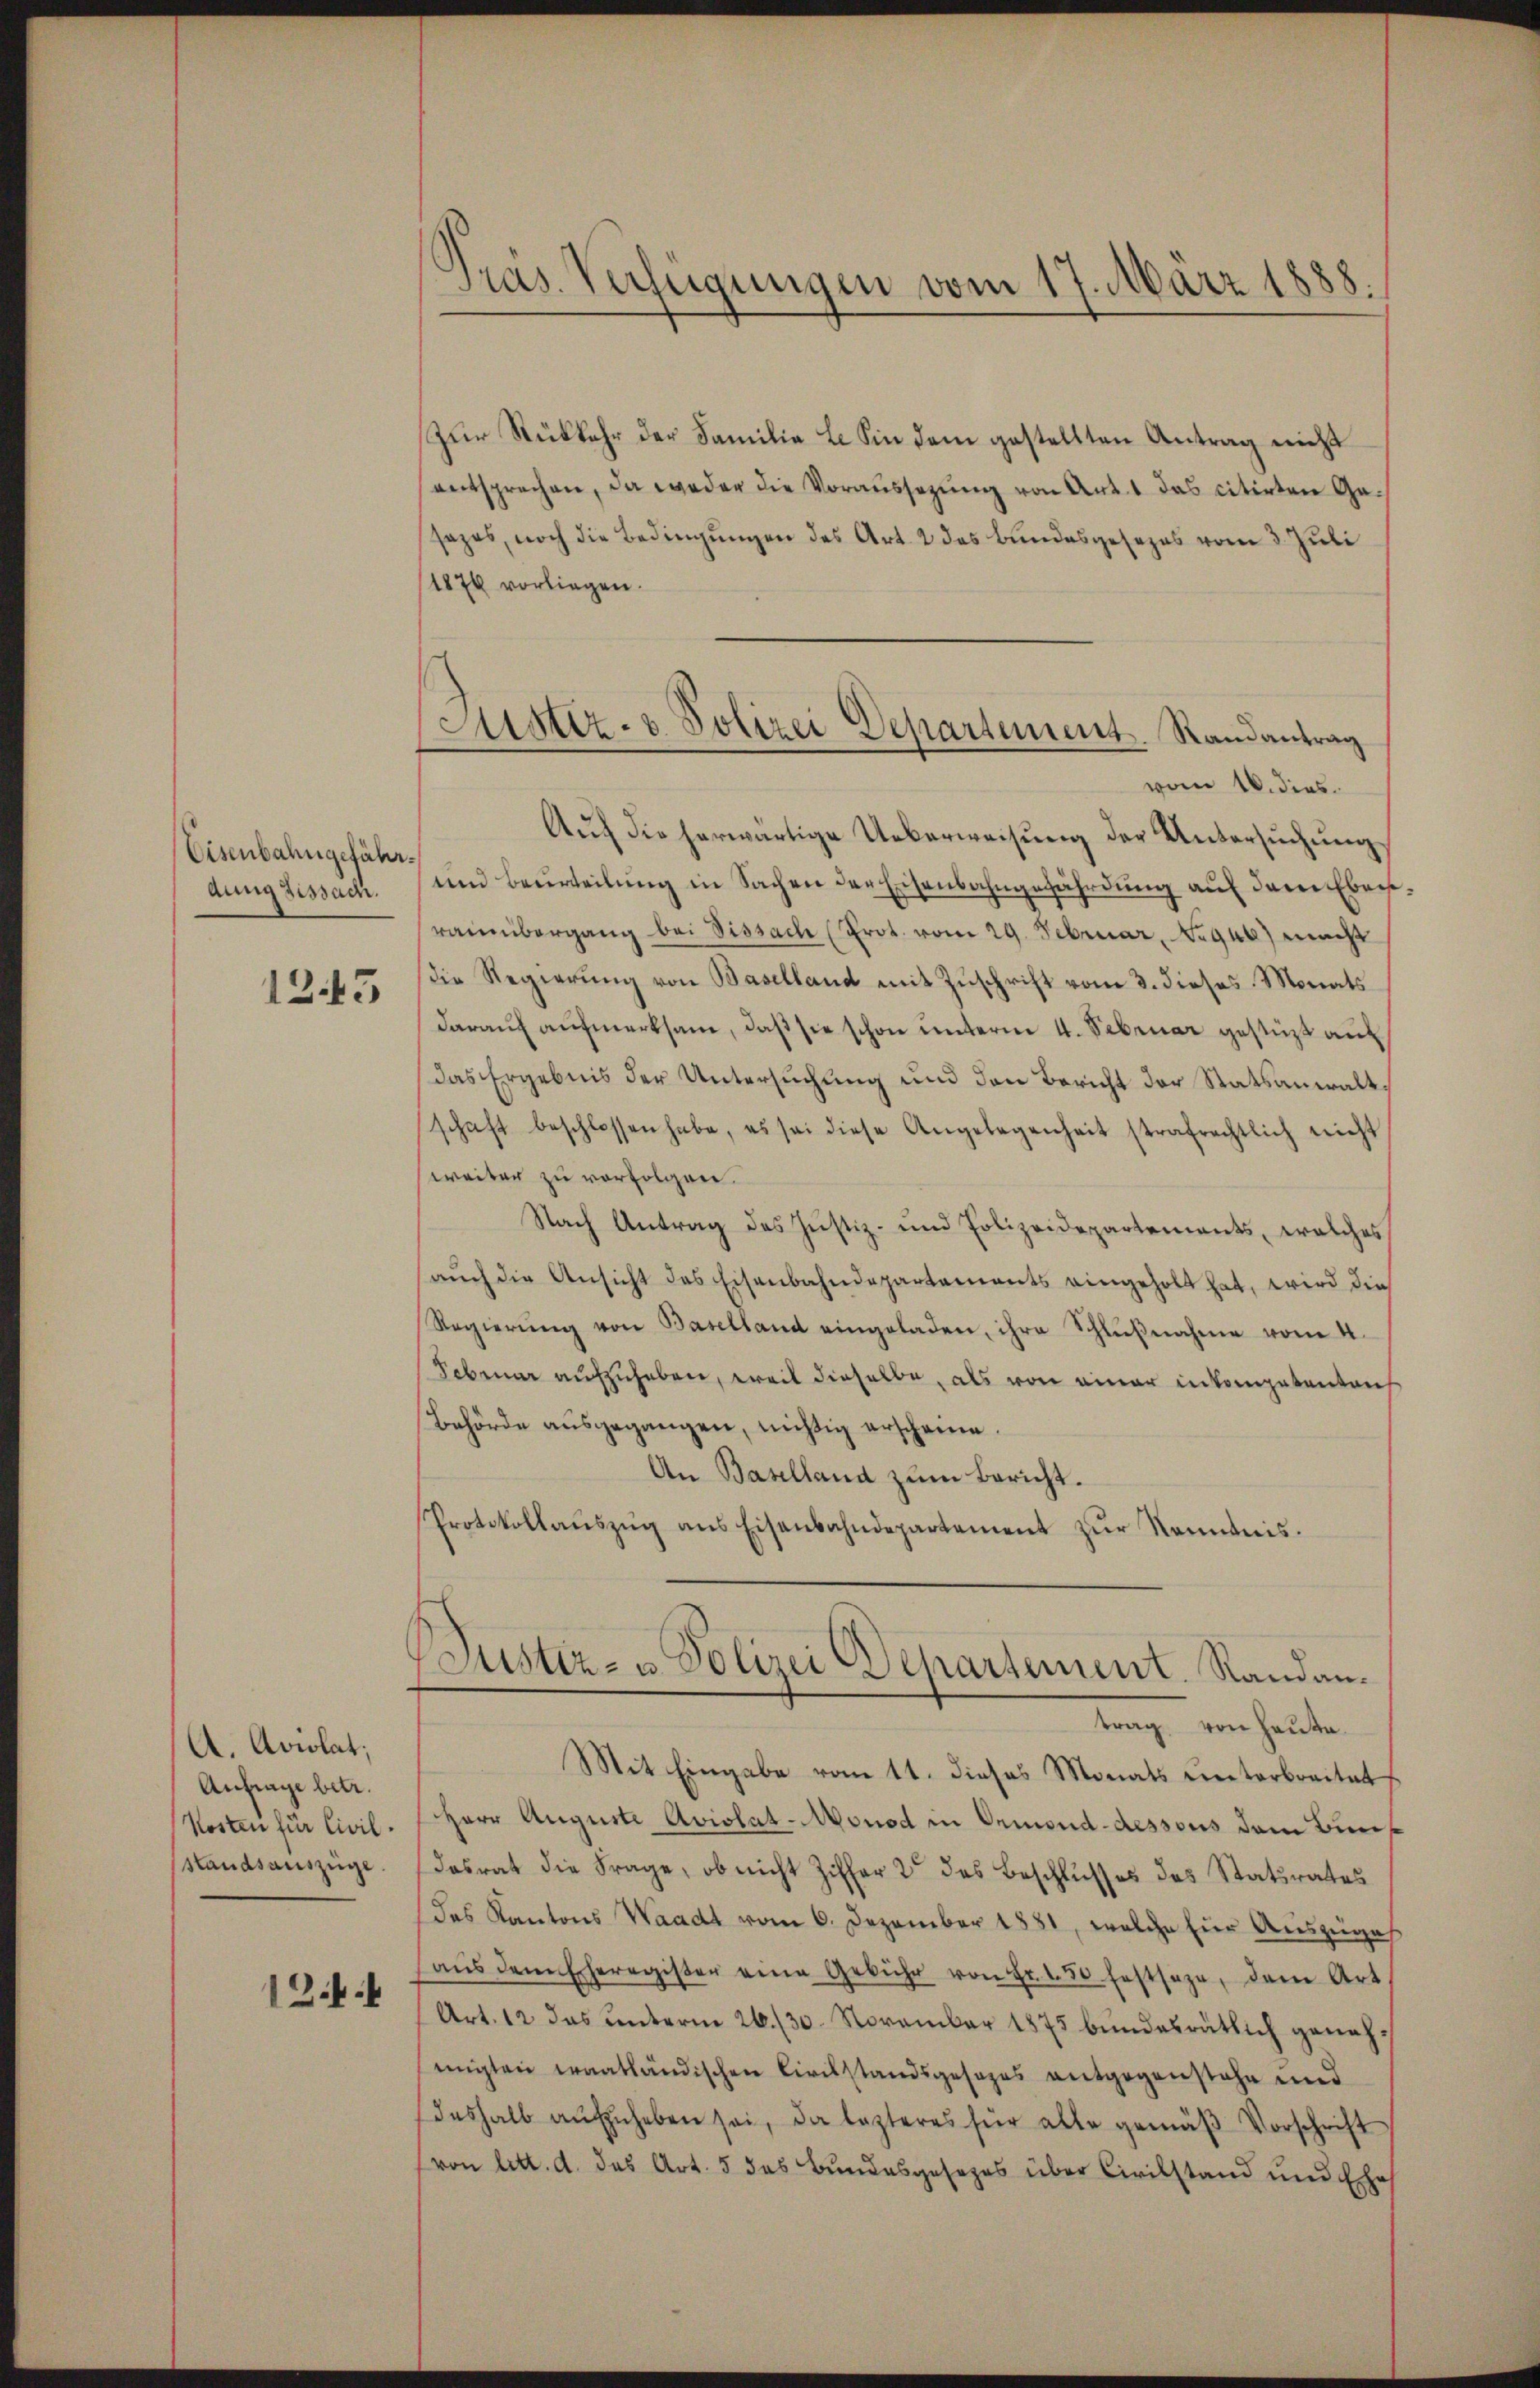
Eisenbahngefährdung zissach.

12.45

A. Adilat;
Anfrage betr.
Kosten für Civilstandsauszüge
12.4.

Präs. Verfügungen vom 17. März 1888.

Astiz- & Polizei Departement. Randantrag
vom 16. dies

Zur Rückkehr der Familie L. Sin dem gestellten Antrag nicht
entsprechen, da weder die Voraussezung von Art. 1 das citirten Gesazes, noch die Bedingungen des Art. 2 das Bundesgesezes vom 3. Juli
1876 vorliegen.
Aŭf die herwärtige Ueberweisung der Untersuchung
und Beurteilung in Sachen der Eisenbahngefährdung auf dem Eben
rainbergang bei Tissach (Prot. vom 29. Februar, No 946) macht
die Regierung von Baselland mit Zuschrift vom 3. dieses Monats
darauf aufmerksam, daß sie schon unterm 4. Februar gestüzt auf
das Ergebnis der Untersuchung und den Bericht der Statsanwalt
schaft beschlossen habe, es sei diese Angelegenheit strafrechtlich nicht
weiter zu verfolgen.
Nach Antrag des Justiz- und Polizeidepartements, welches
aŭch die Ansicht des Eisenbahndepartements eingeholt hat, wird die
Regierŭng von Baselland eingeladen, ihre Schlŭβnahme vom 4.
Sebmar aufzuheben, weil dieselbe, als von einer inkompetenten
Behörde ausgegangen, nichtig erscheine.
An Baselland zum Bericht.
Protokollaŭszŭg ans Eisenbahndepartement zŭr Kenntnis.
Justiz- u. Polizei Departement. Randantrag von heute
Mit Eingabe vom 11. dieses Monats unterbreitet,
Herr Auguste Avislat-Monod in Ormond-dessous dem Bun
Dasrat die Frage, ob nicht Ziffer 2 des Beschlusses des Statsrates
des Kantons Waadt vom 6. Dezember 1881, welche für Auszüge
aŭs dem Eheregister eine Gebühr von Fr. 150 festsage, dem Art
Art. 12 das ŭnterm 26./30. November 1875 bŭndesrätlich genehmigten traatländischen Civilstandsgesezes entgegenstehe und
deshalb aŭfzŭheben sei, da lezteres für alle gemäβ Vorschrift
(von litt. d. das Art. 5 das Bundesgesezes über Civilstand und Ehe